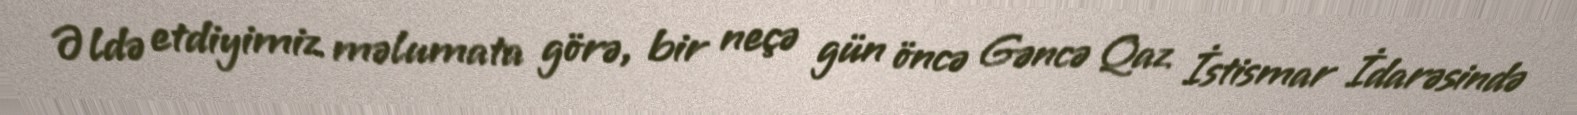
Əldə etdiyimiz məlumata görə, bir neçə gün öncə Gəncə Qaz İstismar İdarəsində